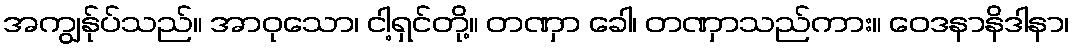
အကျွန်ုပ်သည်။ အာဝုသော၊ ငါ့ရှင်တို့။ တဏှာ ခေါ၊ တဏှာသည်ကား။ ဝေဒနာနိဒါနာ၊